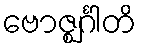
ဗောဇ္ဈင်္ဂါတိ